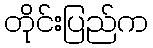
တိုင်းပြည်က